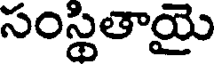
సంస్థితాయై